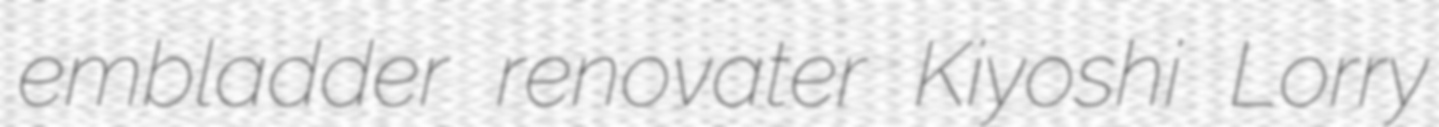
embladder renovater Kiyoshi Lorry